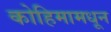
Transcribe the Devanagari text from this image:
कोहिमामधून